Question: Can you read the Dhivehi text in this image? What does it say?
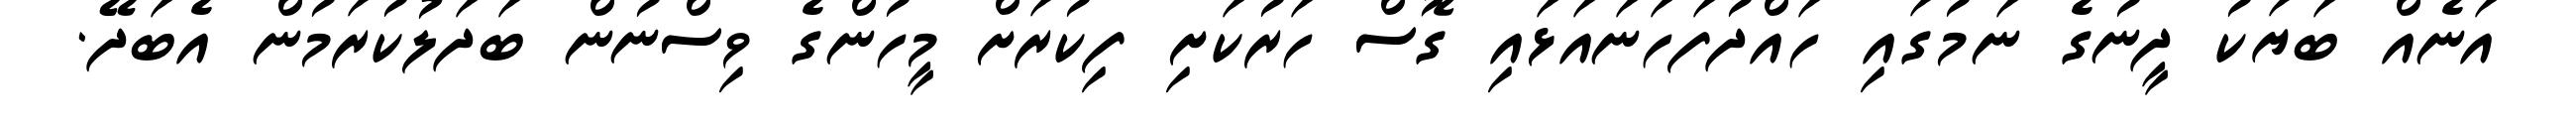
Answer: އަނެއް ބަޔަކު ދީނުގެ ނަމުގައި ހައްދުފަހަނައަޅައި ގޮސް ހަރުކަށި ފިކުރަށް މީހުންގެ ވިސްނުން ބަދަލުކުރަމުން އެބަދޭ.